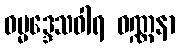
ဓမ္မဒ္ဒေသဝါရ ဝဏ္ဏနာ